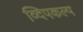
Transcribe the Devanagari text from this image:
व्दिपकल्प